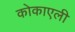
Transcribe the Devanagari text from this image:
कोकाएली